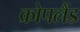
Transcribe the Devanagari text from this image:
क्रोपलैंड